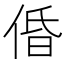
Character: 𠉣